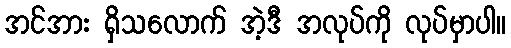
အင်အား ရှိသလောက် အဲ့ဒီ အလုပ်ကို လုပ်မှာပါ။